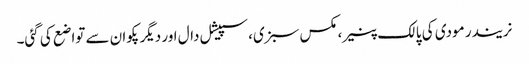
نریندر مودی کی پالک پنیر، مکس سبزی، سپیشل دال اور دیگرپکوان سے تواضع کی گئی۔